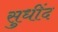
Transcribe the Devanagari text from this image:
सुधींद